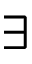
\exists